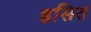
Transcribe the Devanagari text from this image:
हृसित